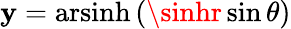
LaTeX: \mathbf{y}=\operatorname{arsinh}\, (\sinhr\sin\theta)